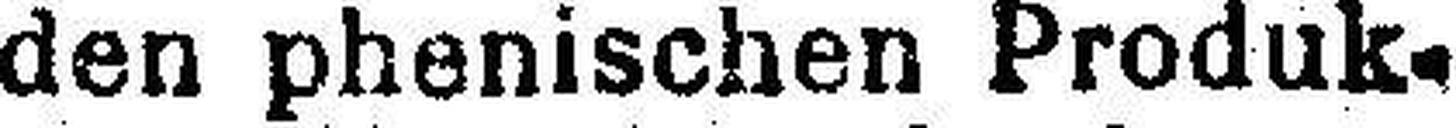
den phenischen Produk¬